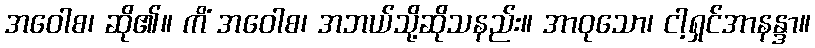
အဝေါစ၊ ဆို၏။ ကိံ အဝေါစ၊ အဘယ်သို့ဆိုသနည်း။ အာဝုသော၊ ငါ့ရှင်အာနန္ဒာ။